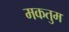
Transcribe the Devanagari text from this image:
मकतुम